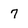
Character: 7